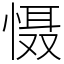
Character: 慑